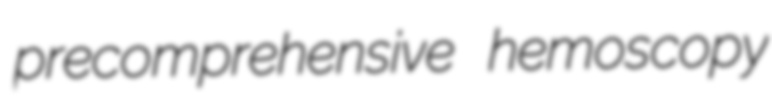
precomprehensive hemoscopy